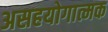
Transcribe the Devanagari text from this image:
असहयोगात्मक